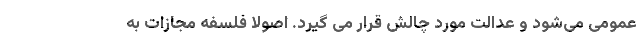
عمومی می‌شود و عدالت مورد چالش قرار می گیرد. اصولا فلسفه مجازات به